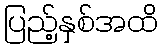
ပြည့်နှစ်အထိ